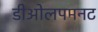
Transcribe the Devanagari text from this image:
डीओलपमनट